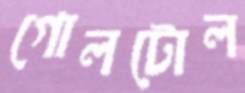
গোলটোল